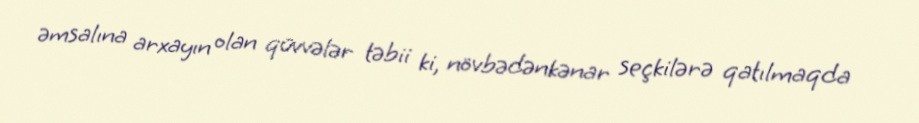
əmsalına arxayın olan qüvvələr təbii ki, növbədənkənar seçkilərə qatılmaqda